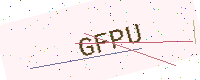
Text: GFPU